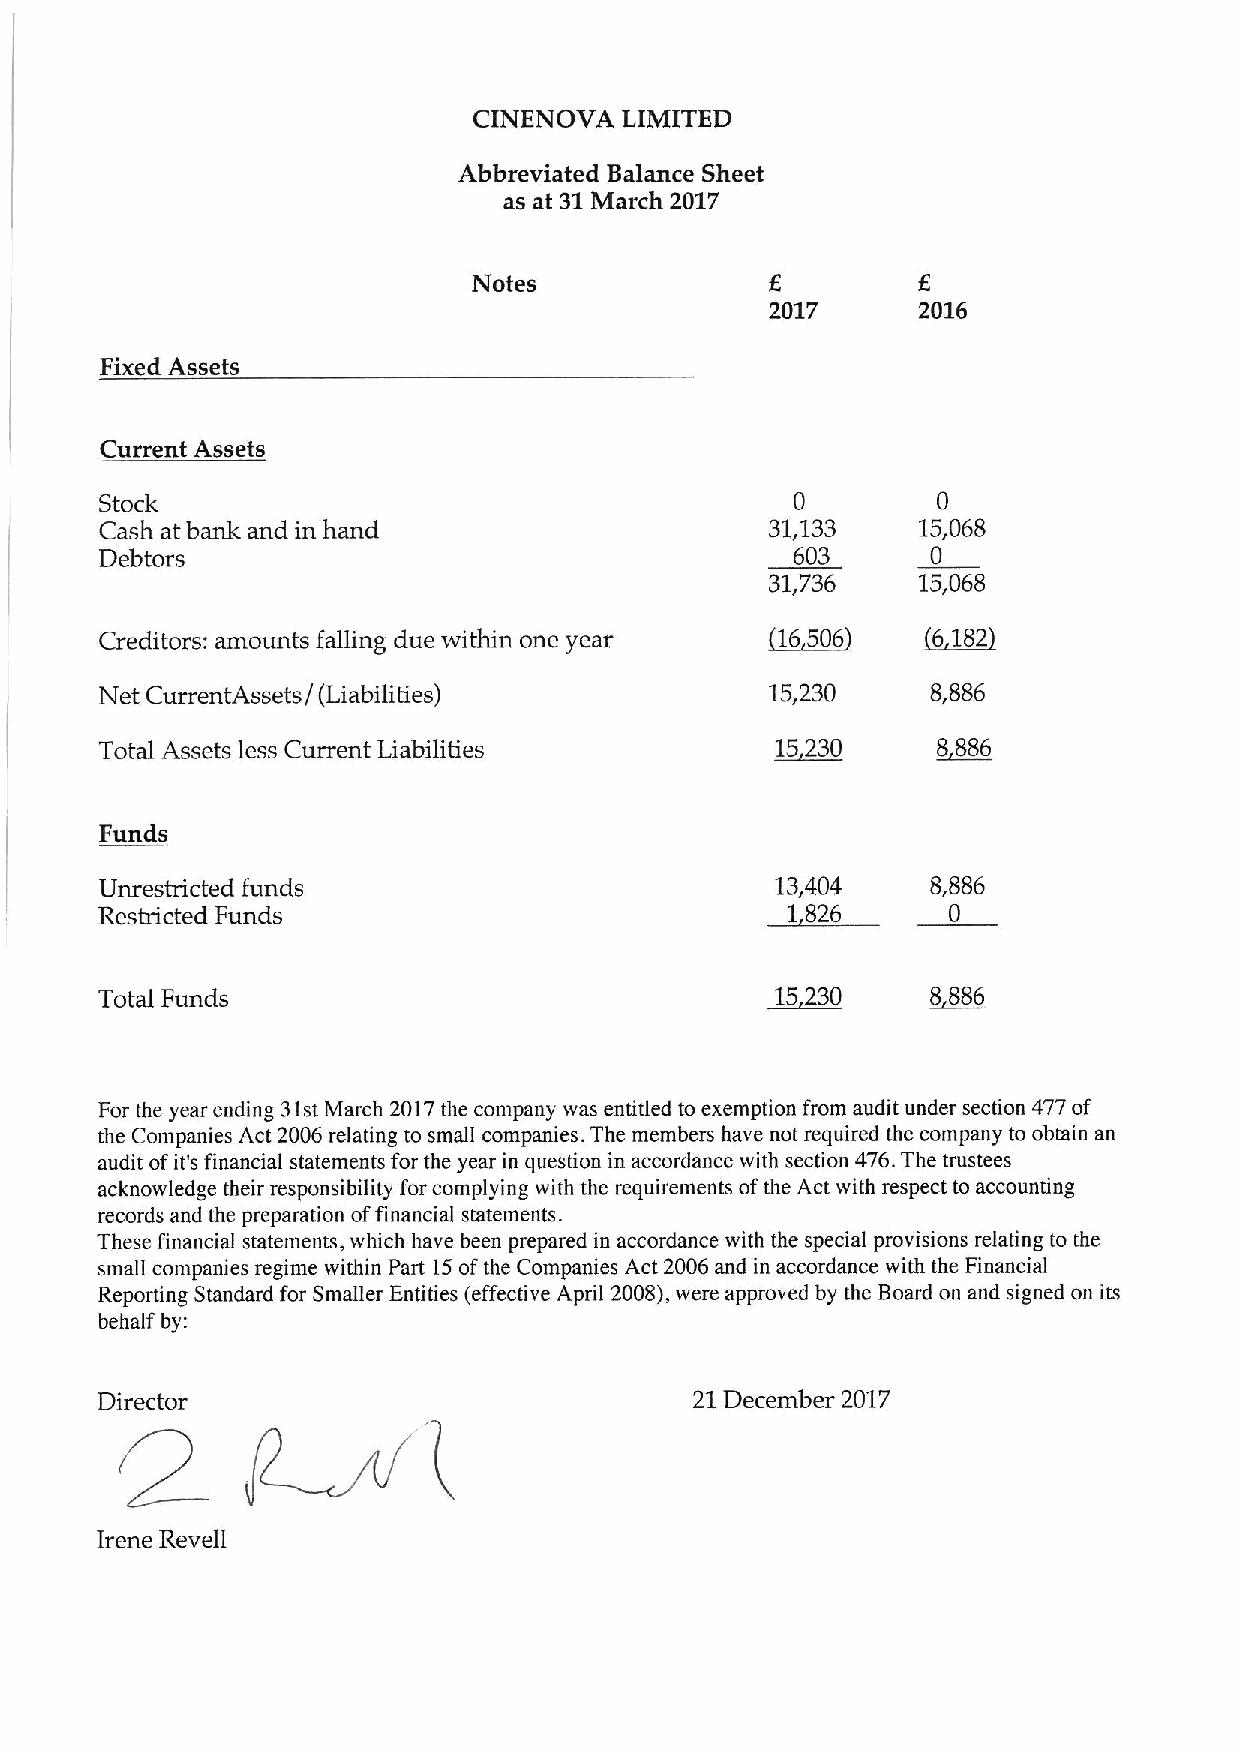
CINENOVA  LIMITED
 Abbreviated Balance Sheet
 as at 31March 2017
 Notes
 2017      2016
 Fixed Assets
 Current Assets
 Stock                                         0        0
 Cash at bank and in hand                    31,133    15,068
 Debtors                                       603      0
 31,736    15,068
 Creditors: amounts falling due within one year 16506   6 182
 Net CurrentAssets/(Liabilities)             15,230     8,886
 Total Assets less Current Liabilities       15230      8 886
 Funds
 Unrestricted funds                          13,404     8,886
 Restricted Funds                             2 826      0
 Total Funds                                 15230      8 886
 For the year ending 31stMarch 2017the company was entitled to exemption from audit under section 477of
 the Companies Act 2006 relating to small companies. The members have not required the company to obtain an
 audit ofit's financial statements for the year in question in accordance with section 476.The trustees
 acknowledge their responsibility for complying with the requirements ofthe Act with respect to accounting
 records and the preparation offinancial statements.
 These financial statements, which have been prepared in accordance with the special provisions relating to the
 small companies regime within Part 15ofthe Companies Act 2006 and in accordance with the Financial
 Reporting Standard for Smaller Entities (effective April 2008),were approved by the Board on and signed on its
 behalf by:
 2~7
 21December 2017
 Irene Revell